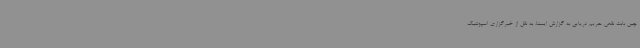
چین بابت نقض حریم دریایی به گزارش ایسنا، به نقل از خبرگزاری اسپوتنیک